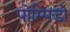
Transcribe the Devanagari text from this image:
पोम्पिडो